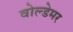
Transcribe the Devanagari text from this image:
वोल्डेमर